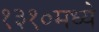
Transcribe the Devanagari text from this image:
१३१०मध्ये